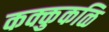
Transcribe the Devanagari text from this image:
कक्कुकळि